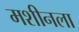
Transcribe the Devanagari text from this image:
मशीनला